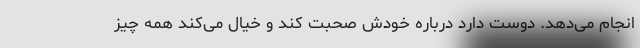
انجام می‌دهد. دوست دارد درباره خودش صحبت کند و خیال می‌کند همه چیز